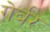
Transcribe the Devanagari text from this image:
गेर्बर